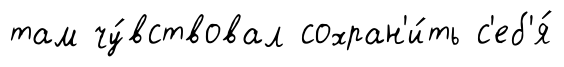
там чу́вствовал сохран'и́ть с'еб'я́